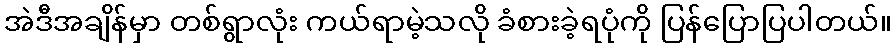
အဲဒီအချိန်မှာ တစ်ရွာလုံး ကယ်ရာမဲ့သလို ခံစားခဲ့ရပုံကို ပြန်ပြောပြပါတယ်။